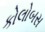
કોલોબસ